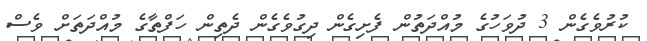
ކުރުވެގެން 3 ދުވަހުގެ މުއްދަތުން ފެށިގެން ދިގުވެގެން ދެތިން ހަފްތާގެ މުއްދަތަށް ވެސް